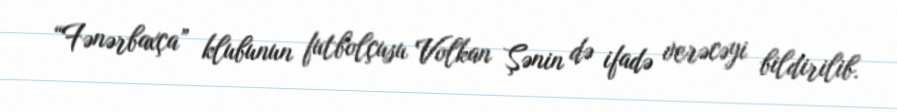
“Fənərbaxça” klubunun futbolçusu Volkan Şənin də ifadə verəcəyi bildirilib.